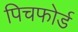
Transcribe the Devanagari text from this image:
पिचफोर्ड